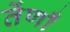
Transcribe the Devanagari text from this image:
तेंणाँ